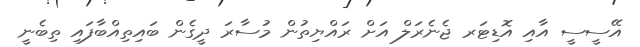
އޭސީސީ އާއި އޮޑިޓަރ ޖެނެރަލް އަށް ރައްޔިތުން މުސާރަ ދީގެން ބައިތިއްބާފައި ތިބެނީ